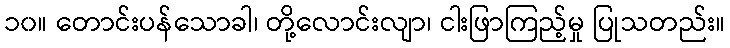
၁၀။ တောင်းပန်သောခါ၊ တို့လောင်းလျာ၊ ငါးဖြာကြည့်မှု ပြုသတည်း။